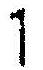
1